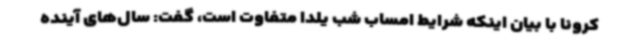
کرونا با بیان اینکه شرایط امساب شب یلدا متفاوت است، گفت: سال‌های آینده